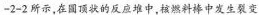
-2-2所示，在圆顶状的反应堆中，核燃料棒中发生裂变